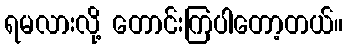
ရမလားလို့ တောင်းကြပါတော့တယ်။